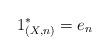
LaTeX: \begin{align*}1^*_{(X,n)} = e_n\end{align*}